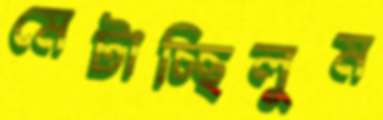
মেটাচ্ছিলুম